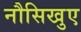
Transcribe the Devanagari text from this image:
नौसिखुए